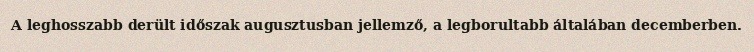
A leghosszabb derült időszak augusztusban jellemző, a legborultabb általában decemberben.